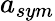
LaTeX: a_{sym}